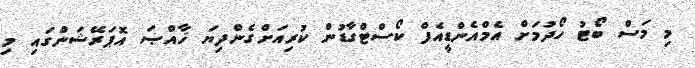
މި މަސް ބޯޓު ހޯދުމަށް އެމްއެންޑީއެފް ކޯސްޓްގާޑުން ކުރިއަށްގެންދިޔަ ޚާއްޞަ އޮޕަރޭޝަންގައި މި